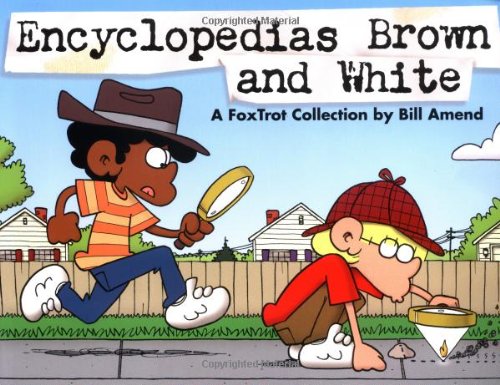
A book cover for Encyclopedias Brown and White: A FoxTrot Collection; Bill Amend; Reference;